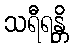
သရီရန္တိ